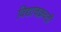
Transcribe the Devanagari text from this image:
विद्याचक्रवर्ती